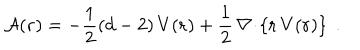
LaTeX: { \mathcal A } ( { \bf r } ) = - \frac { 1 } { 2 } ( d - 2 ) \, V ( { \bf r } ) + \frac { 1 } { 2 } \, { \bf \nabla } \! \cdot \! \left\{ { \bf r } \, V ( { \bf r } ) \right\} \; .